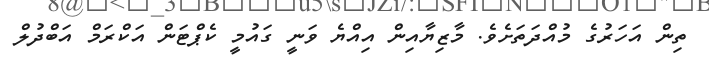
ތިން އަހަރުގެ މުއްދަތަށެވެ. މާޒިޔާއިން އިއްޔެ ވަނީ ގައުމީ ކެޕްޓަން އަކްރަމް އަބްދުލް